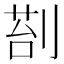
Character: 𭃵